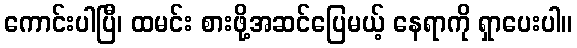
ကောင်းပါပြီ၊ ထမင်း စားဖို့အဆင်ပြေမယ့် နေရာကို ရှာပေးပါ။